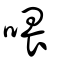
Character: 喂